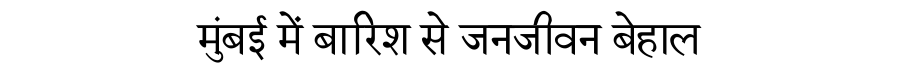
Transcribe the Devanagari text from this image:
मुंबई में बारिश से जनजीवन बेहाल